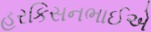
હરકિસનભાઈએ